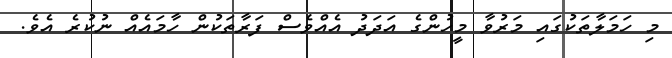
މި ހަމަލާތަކުގައި މަރުވާ މީހުންގެ އަދަދު އެއްވެސް ފަރާތަކުން ހާމައެއް ނުކުރެ އެވެ.